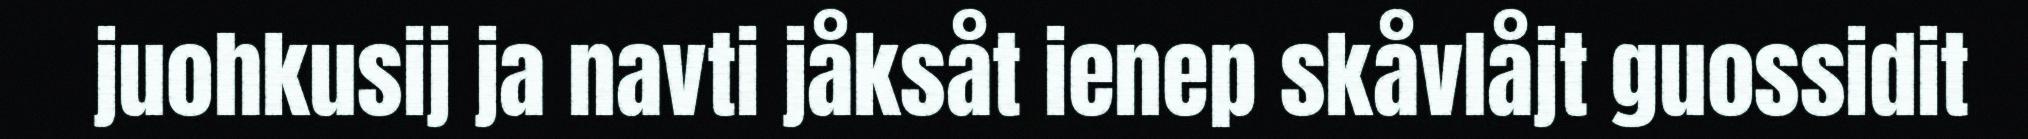
juohkusij ja navti jåksåt ienep skåvlåjt guossidit